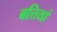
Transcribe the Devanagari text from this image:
बत्तियां